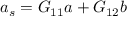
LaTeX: a _ { s } = G _ { 1 1 } a + G _ { 1 2 } b